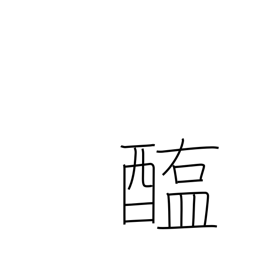
Meaning: salted meat